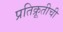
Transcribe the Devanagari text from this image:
प्रतिक्रूतीची